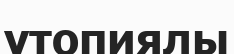
утопиялы